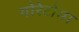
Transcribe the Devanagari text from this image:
गोरेटोमा